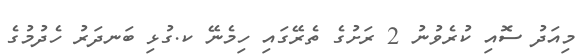
މިއަދު ސޮއި ކުރެވުނު 2 ރަށުގެ ތެރޭގައި ހިމެނޭ ކ.ގުޅި ބަނދަރު ހެދުމުގެ